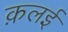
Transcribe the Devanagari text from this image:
क़लई